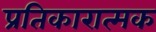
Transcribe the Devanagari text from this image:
प्रतिकारात्मक